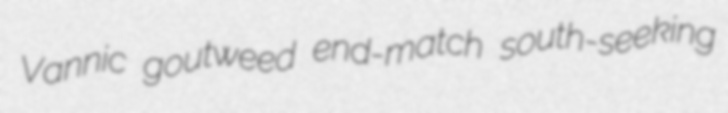
Vannic goutweed end-match south-seeking